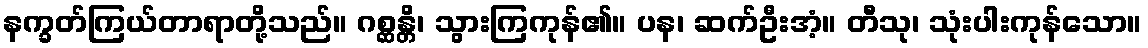
နက္ခတ်ကြယ်တာရာတို့သည်။ ဂစ္ဆန္တိ၊ သွားကြကုန်၏။ ပန၊ ဆက်ဦးအံ့။ တီသု၊ သုံးပါးကုန်သော။